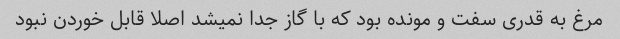
مرغ به قدری سفت و مونده بود که با گاز جدا نمیشد اصلا قابل خوردن نبود